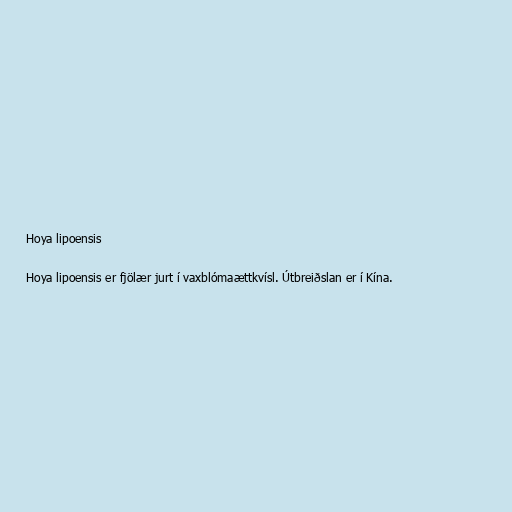
Hoya lipoensis

Hoya lipoensis er fjölær jurt í vaxblómaættkvísl. Útbreiðslan er í Kína.